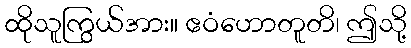
ထိုသူကြွယ်အား။ ဧဝံဟောတူတိ၊ ဤသို့